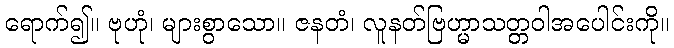
ရောက်၍။ ဗုဟုံ၊ များစွာသော။ ဇနတံ၊ လူနတ်ဗြဟ္မာသတ္တဝါအပေါင်းကို။